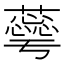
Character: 𮒦